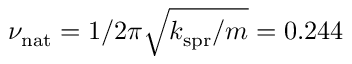
\nu _ { \mathrm { n a t } } = 1 / 2 \pi \sqrt { k _ { \mathrm { s p r } } / m } = 0 . 2 4 4